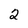
Character: 2